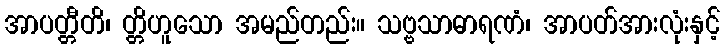
အာပတ္တီတိ၊ တ္တိဟူသော အမည်တည်း။ သဗ္ဗသာဓာရဏံ၊ အာပတ်အားလုံးနှင့်